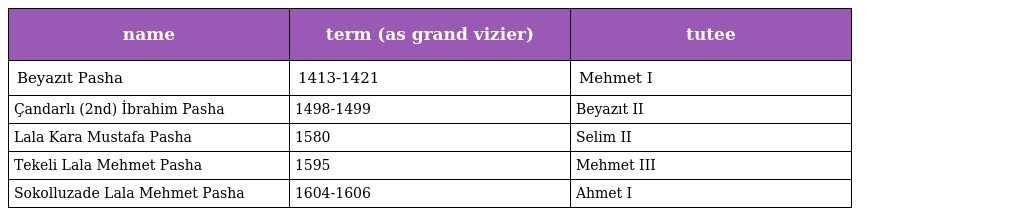
| name | term (as grand vizier) | tutee |
 | --- | --- | --- |
 | Beyazıt Pasha | 1413-1421 | Mehmet I |
 | Çandarlı (2nd) İbrahim Pasha | 1498-1499 | Beyazıt II |
 | Lala Kara Mustafa Pasha | 1580 | Selim II |
 | Tekeli Lala Mehmet Pasha | 1595 | Mehmet III |
 | Sokolluzade Lala Mehmet Pasha | 1604-1606 | Ahmet I |